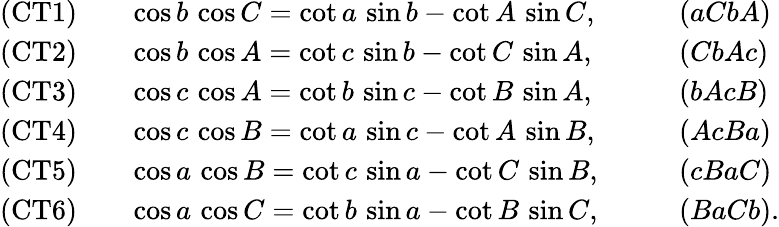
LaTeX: \begin{array}{lll}{{\mathrm{(CT1)}}\quad}&{\cos b\, \cos C=\cot a\, \sin b-\cot A\, \sin C,\qquad}&{(aCbA)}\\ {{\mathrm{(CT2)}}}&{\cos b\, \cos A=\cot c\, \sin b-\cot C\, \sin A,}&{(CbAc)}\\ {{\mathrm{(CT3)}}}&{\cos c\, \cos A=\cot b\, \sin c-\cot B\, \sin A,}&{(bAcB)}\\ {{\mathrm{(CT4)}}}&{\cos c\, \cos B=\cot a\, \sin c-\cot A\, \sin B,}&{(AcBa)}\\ {{\mathrm{(CT5)}}}&{\cos a\, \cos B=\cot c\, \sin a-\cot C\, \sin B,}&{(cBaC)}\\ {{\mathrm{(CT6)}}}&{\cos a\, \cos C=\cot b\, \sin a-\cot B\, \sin C,}&{(BaCb).}\end{array}